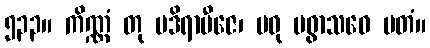
၅၃၃။ ကိဏ္ဏံ တု မဒိရာဗီဇေ၊ မဓု မဓွာသဝေ မတံ။